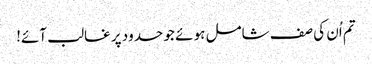
تم اُن کی صف شامل ہو ئے جو حدود پر غالب آئے!